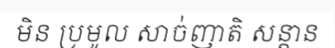
មិន ប្រមូល សាច់ញាតិ សន្តាន